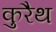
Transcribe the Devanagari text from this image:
कुरैथ